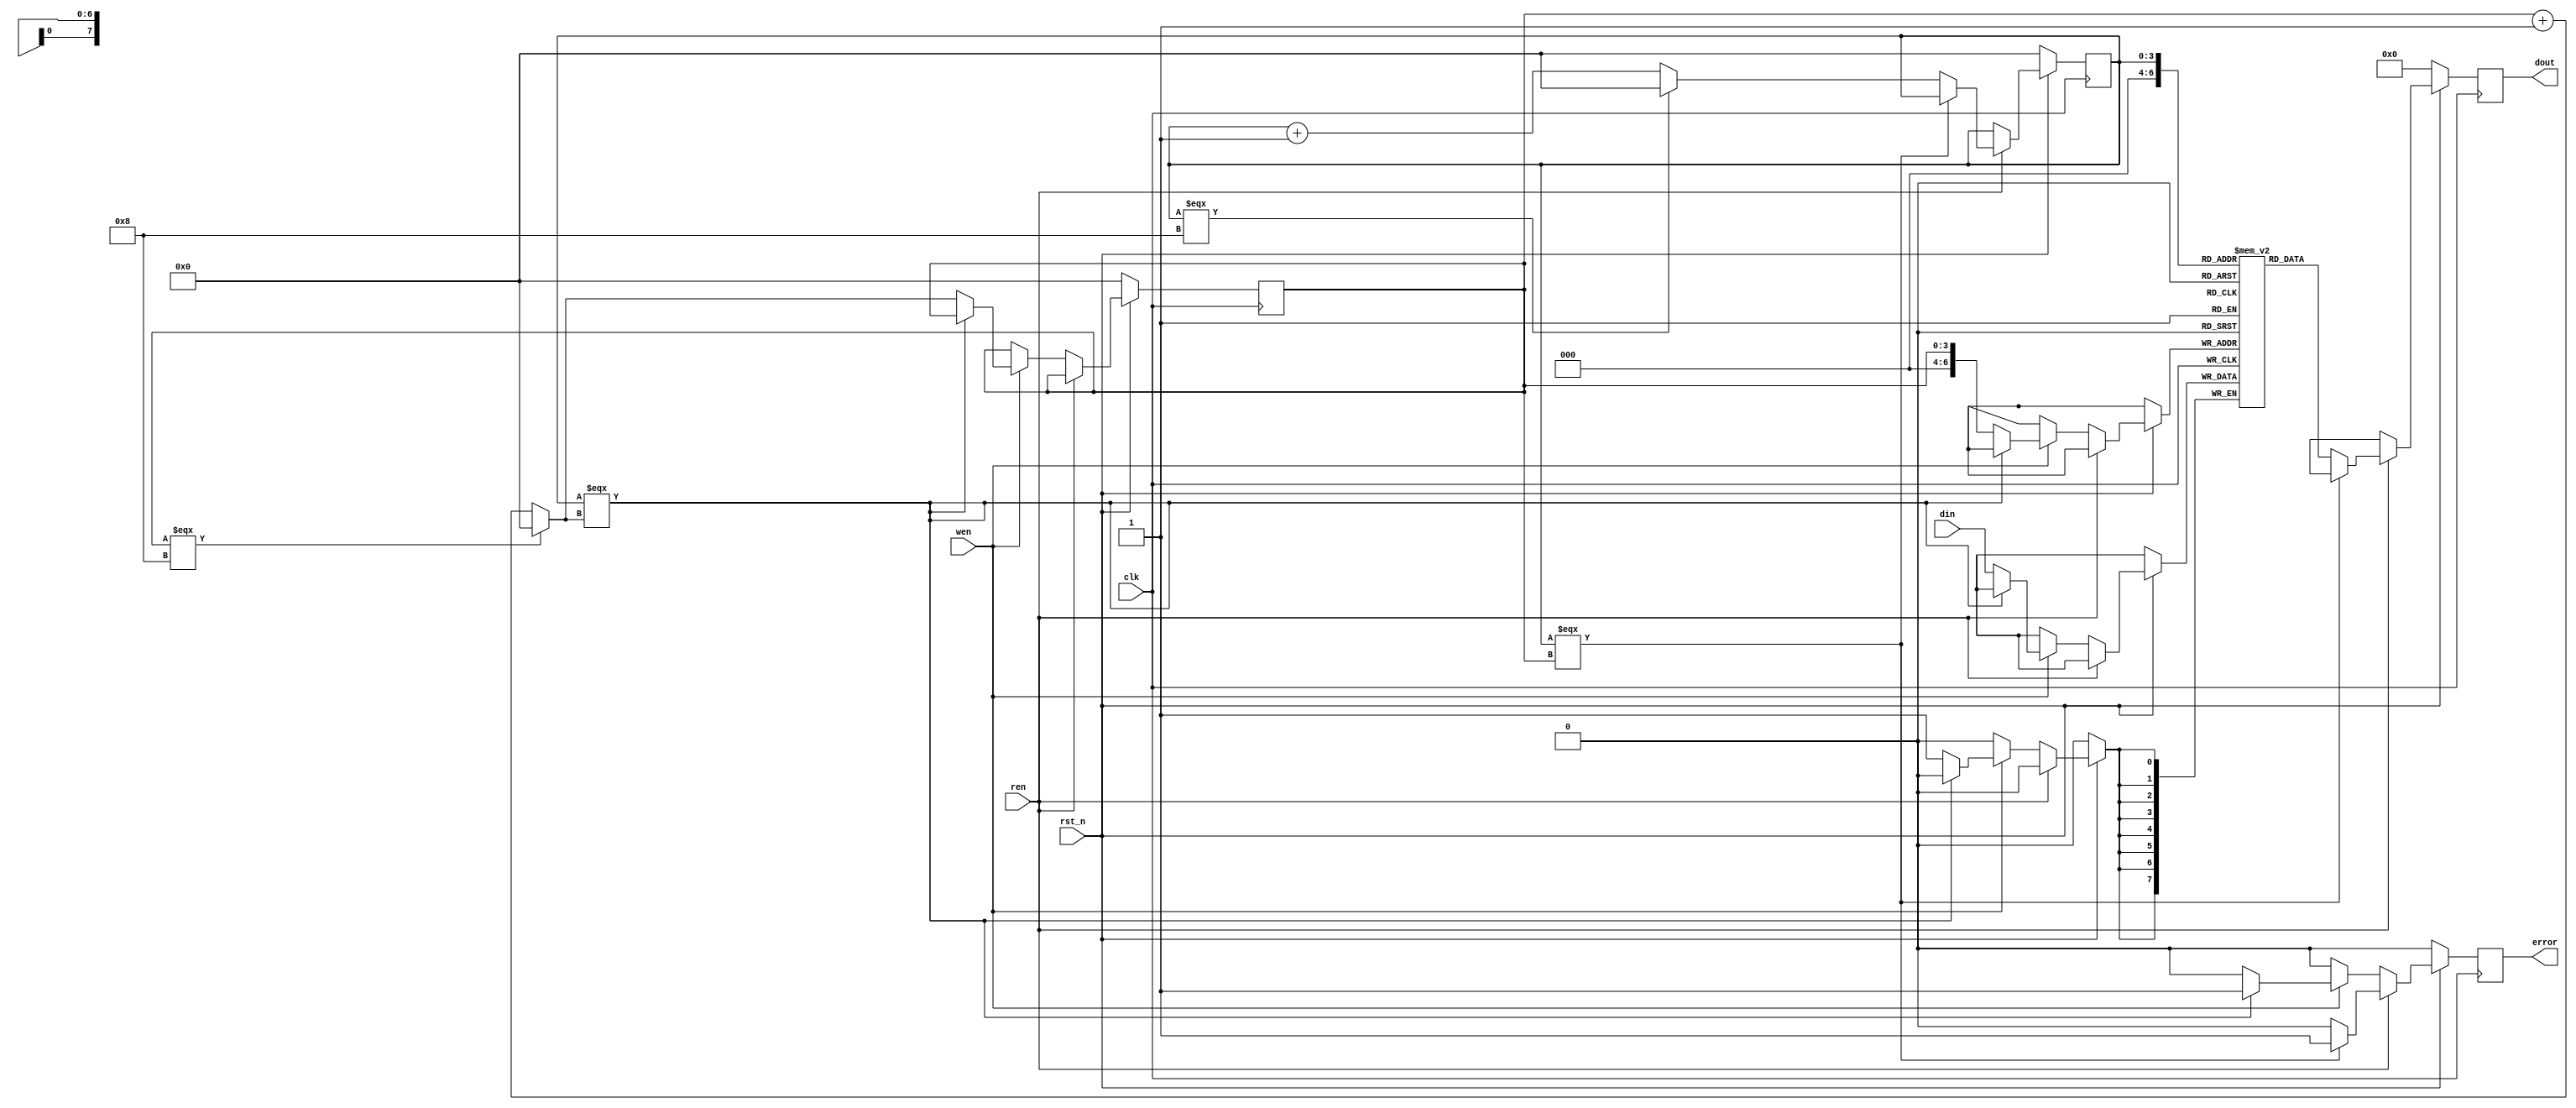
`timescale 1ns/1ps

module FIFO_8(clk, rst_n, wen, ren, din, dout, error);

    input clk;
    input rst_n;
    input wen, ren;
    input [8-1:0] din;
    output [8-1:0] dout;
    output error;

    reg [8-1:0] FIFO [0:128-1];
    reg [8-1:0] dout = 0;
    reg error;
    reg [4-1:0] head, tail;

    reg [4-1:0] next_head, next_tail;

    reg [8-1:0] do_car;

    always @(*) begin
//        next_head = head + 1;
//        next_tail = tail + 1;
        if (head === 4'b1000) begin
            next_head = 0;
        end else begin
            next_head = head+1;
        end
        if (tail === 4'b1000) begin
            next_tail = 0;
        end else begin
            next_tail = tail+1;
        end
    end

    always @(posedge clk) begin
        //$display("head next_head %b %b", head, next_head);
        //$display("tail next_tail %b %b", tail, next_tail);
        //$display("FIFO %b", FIFO [tail-1]);
        if (!rst_n) begin
            head <= 0;
            tail <= 0;
            dout <= 0;
            error <= 0;
        end 
        else if (ren) begin
            if ((head === tail)) begin
                head <= head;
                error <= 1;
                tail <= tail;
                dout <= do_car;
            end else begin
                error <= 0;
                dout <= FIFO[head];
                head <= next_head;
                tail <= tail;
            end
        end 
        else if (wen) begin
            if (head === next_tail) begin
                head <= head;
                tail <= tail;
                error <= 1;
                dout <= do_car;
            end else begin
                error <= 0;
                dout <= do_car;
                FIFO[tail] <= din;
                head <= head;
                tail <= next_tail;
            end
        end 
        else begin
            dout <= do_car;
            error <= 0;
            head <= head;
            tail <= tail;
        end
    end

endmodule